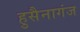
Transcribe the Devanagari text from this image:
हुसैनागंज